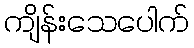
ကျိန်းသေပေါက်